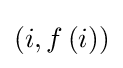
\left(i,f\left(i\right)\right)